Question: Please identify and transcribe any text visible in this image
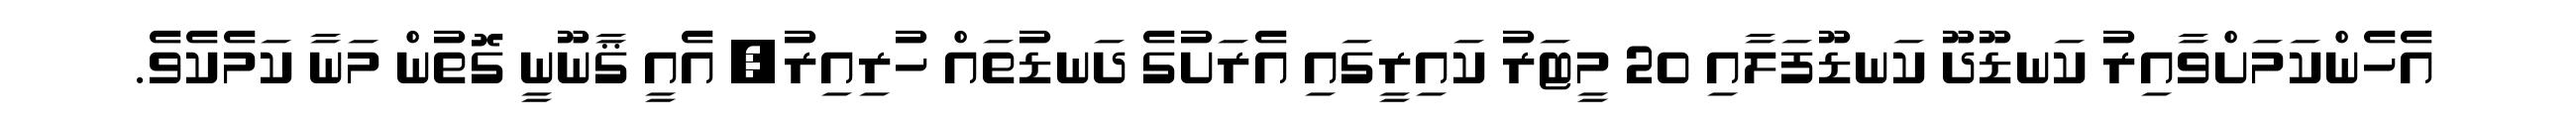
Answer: އެހެންކަމަށްވާއިރު ކަނޑޫދޫ ކަނޑޫފަލާއި 20 މީޓަރު ކައިރީގައި އެރަށުގެ ދަނޑުތައް ހުރިއިރު, އެއީ ޤާނޫނީ ގޮތުން މަނާ ކަމެކެވެ.